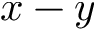
x - y